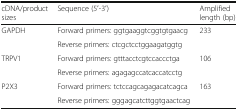
| cDNA/product sizes | Sequence (5′-3′) | Amplified length (bp) |
 | --- | --- | --- |
 | <ROWSPAN=2> GAPDH | Forward primers: ggtgaaggtcggtgtgaacg | <ROWSPAN=2> 233 |
 | Reverse primers: ctcgctcctggaagatggtg |
 | <ROWSPAN=2> TRPV1 | Forward primers: gtttacctcgtccaccctga | <ROWSPAN=2> 106 |
 | Reverse primers: agagagccatcaccatcctg |
 | <ROWSPAN=2> P2X3 | Forward primers: tctccagcagagacatcagca | <ROWSPAN=2> 163 |
 | Reverse primers: gggagcatcttggtgaactcag |